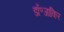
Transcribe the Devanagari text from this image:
डॉ॰जाकिर